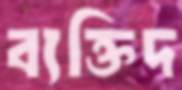
ব্যক্তিদ